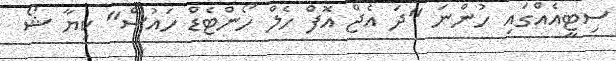
ސިޓީއެއްގައި ހުންނަ "ދަ އެޖް އޮފް ހެލް ހޯންޓެޑް ހައުސް" ކިޔާ ޝޯ